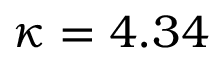
\kappa = 4 . 3 4